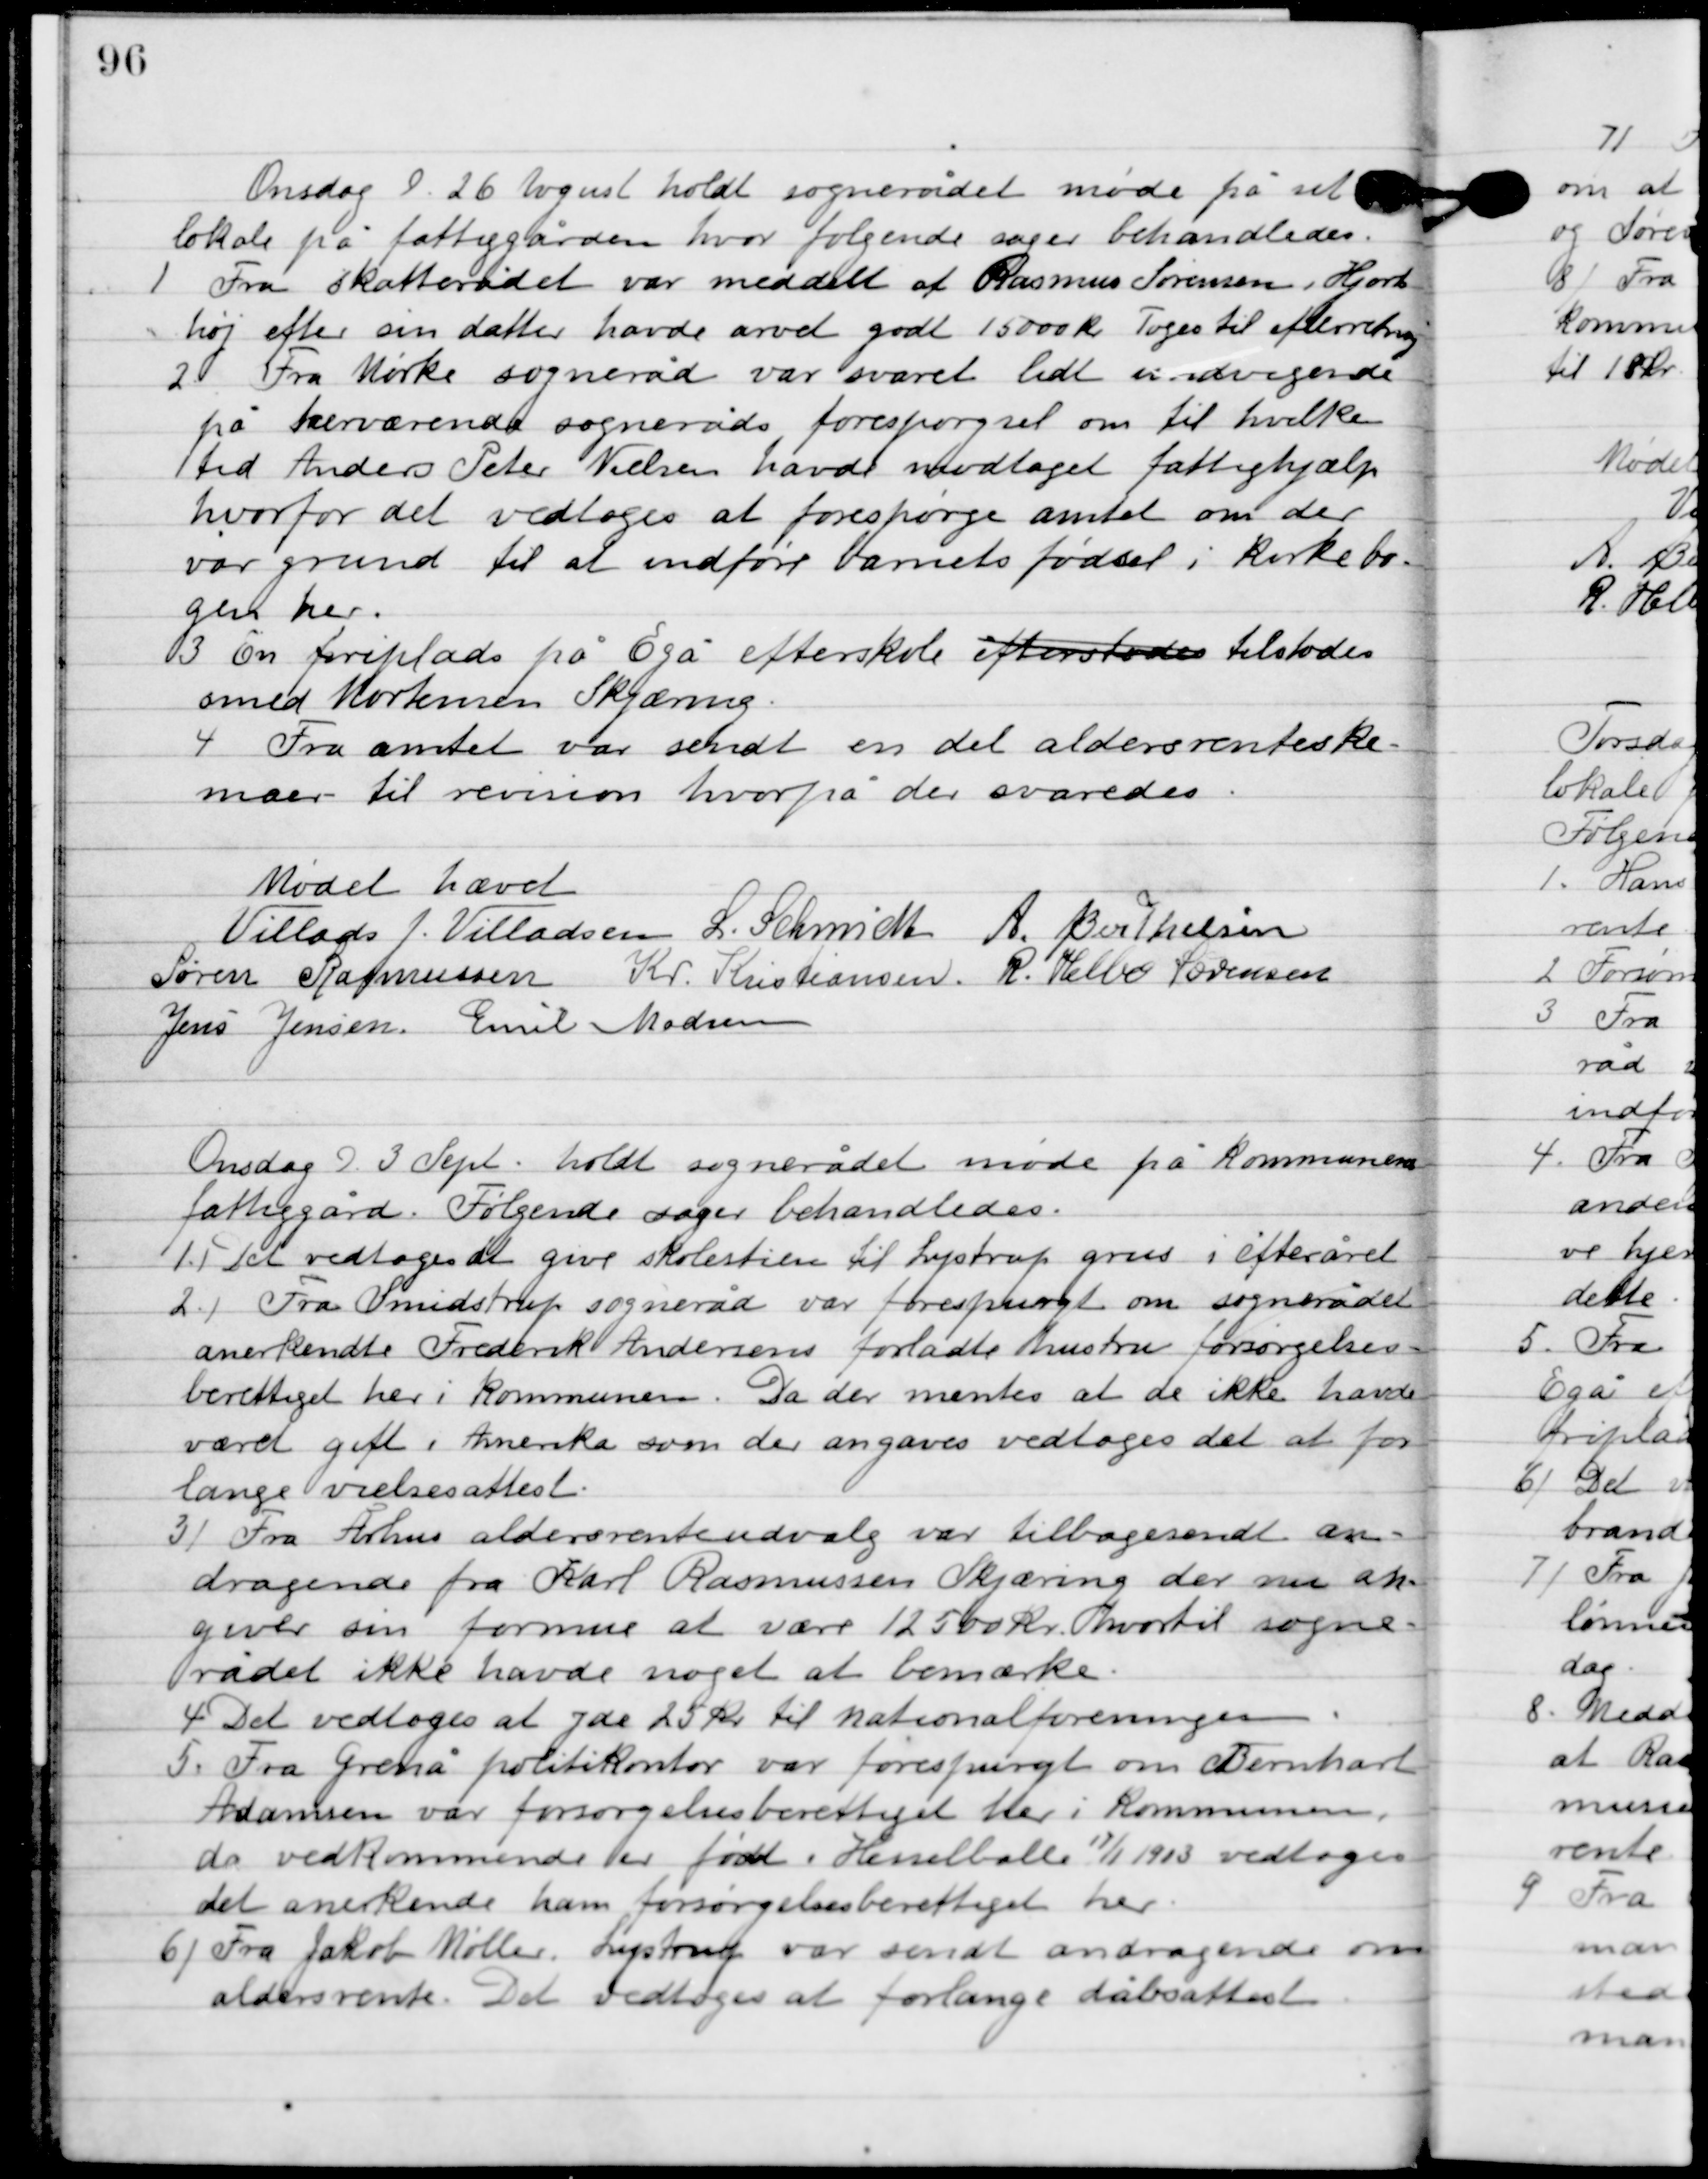
Transskription:
Onsdag D. 26. August holdt sognerådet møde på sit
 lokale på fattiggården, hvor følgende sager behandledes.

1

Fra skatterådet var meddelt at Rasmus Sørensen, Hjorts-
høj efter sin datter havde arvet godt 15.000 kr. toges til efterretning.

2

Fra Mørke sogneråd var svaret lidt undvigende
på herværende sogneråds forespørgsel om til hvilken
tid Anders Peter Nielsen have modtaget fattighjælp
hvorfor det vedtoges at forespørge amtet om der
var grund til at indføre barnets fødsel i kirkebo-
gen her.

3

En friplads på Egå efterskole tilstodes
smed Mortensen Skjæring.

4

Fra amtet var sendt en del aldersrente-
skemaer til revision hvorpå der svaredes.

Mødet hævet.

Villads J. Villadsen
L. Schmidt
A. Berthelsen
Søren Rasmussen
Kr. Kristiansen
R. Helbo Sørensen
Jens Jensen
Emil Madsen

Onsdag D. 3. Sept. holdt sognerådet møde på kommunens 
fattiggård. Følgende sager behandledes.

1

Det vedtoges at give skolestien til Lystrup grus i efteråret.

2

Fra Smidstrup sogneråd var forespurgt om sognerådet
anerkendte Frederik Andersens forladte hustru forsørgelses-
berettiget her i kommunen. Da der mentes at de ikke havde
været gift i Amerika som de angaves vedtoges det at for-
lange vielsesattest.

3

Fra Århus aldersrenteudvalg var tilbagesendt an-
dragende fra Karl Rasmussen Skjæring der nu an-
gives sin formue at være 12.500 kr. hvortil sogne-
rådet ikke have noget at bemærke.

4

Det vedtoges at yde 25 kr. til nationalforeningen.

5

Fra Grenå politikontor var forespurgt om Bernhart 
Adamsen var forsørgelsesberettiget her i Kommunen, 
da vedkommende er født i Hesselballe 17/1 1913 vedtoges 
det anerkende ham forsørgelsesberettiget her.

6

Fra Jakob Møller, Lystrup var sendt andragende om
aldersrente. Det vedtoges at forlange dåbsattest.